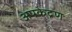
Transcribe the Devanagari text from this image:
अपकेद्रण